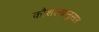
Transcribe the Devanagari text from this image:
कौशल्यानुसार